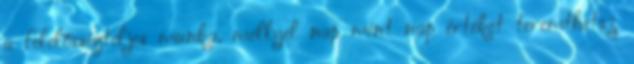
a felelősségteljes munka, mellyel nap mint nap értéket teremthetsz